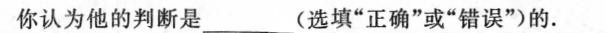
你认为他的判断是_______(选填”正确”或”错误”)的。